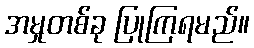
အမှုတစ်ခု ပြုကြရမည်။